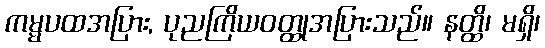
ကမ္မပထအပြား, ပုညကြိယဝတ္ထုအပြားသည်။ နတ္ထိ၊ မရှိ၊